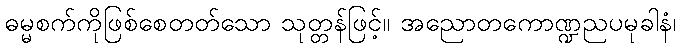
ဓမ္မစက်ကိုဖြစ်စေတတ်သော သုတ္တန်ဖြင့်။ အညောတကောဏ္ဍညပမုခါနံ၊